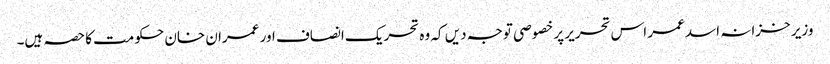
وزیر خزانہ اسد عمر اس تحریر پر خصوصی توجہ دیں کہ وہ تحریک انصاف اور عمران خان حکومت کا حصہ ہیں۔